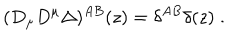
( D _ { \mu } D ^ { \mu } \Delta ) ^ { A B } ( z ) = \delta ^ { A B } \delta ( z ) \; .